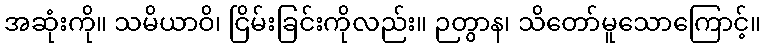
အဆုံးကို။ သမိယာဝိ၊ ငြိမ်းခြင်းကိုလည်း။ ဉတွာန၊ သိတော်မူသောကြောင့်။